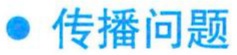
\textbullet\ 传播问题